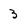
Character: 3